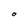
Character: O